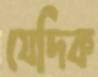
যেদিক